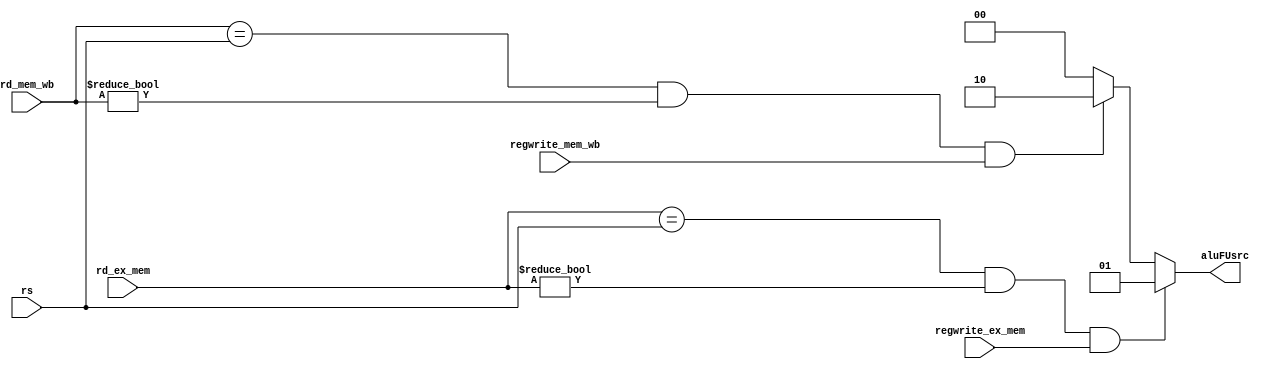
`timescale 1ns / 1ps

module ForwardingUnit(
	input [4:0] rs,
	input [4:0] rd_ex_mem,
	input [4:0] rd_mem_wb,
	input regwrite_ex_mem,
	input regwrite_mem_wb,
	output reg [1:0] aluFUsrc
    );
	 
always@(*)
begin
if(rd_ex_mem == rs && rd_ex_mem != 5'b00000 && regwrite_ex_mem == 1'b1)
aluFUsrc = 2'b01;
else if(rd_mem_wb == rs && rd_mem_wb != 5'b00000 && regwrite_mem_wb == 1'b1)
aluFUsrc = 2'b10;
else
aluFUsrc = 2'b00;
end

endmodule